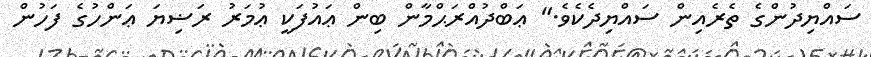
ސައްޔިދުންގެ ތެރެއިން ސައްޔިދެކެވެ." ޢަބްދުއްރަޙްމާން ބިން ޢައުފަކީ ޢުމަރު ރަޟިޔަ ޢަންހުގެ ފަހުން